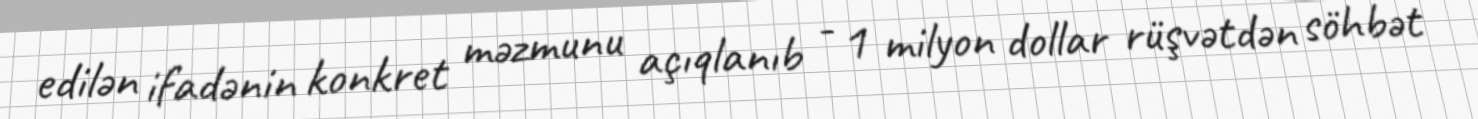
edilən ifadənin konkret məzmunu açıqlanıb - 1 milyon dollar rüşvətdən söhbət